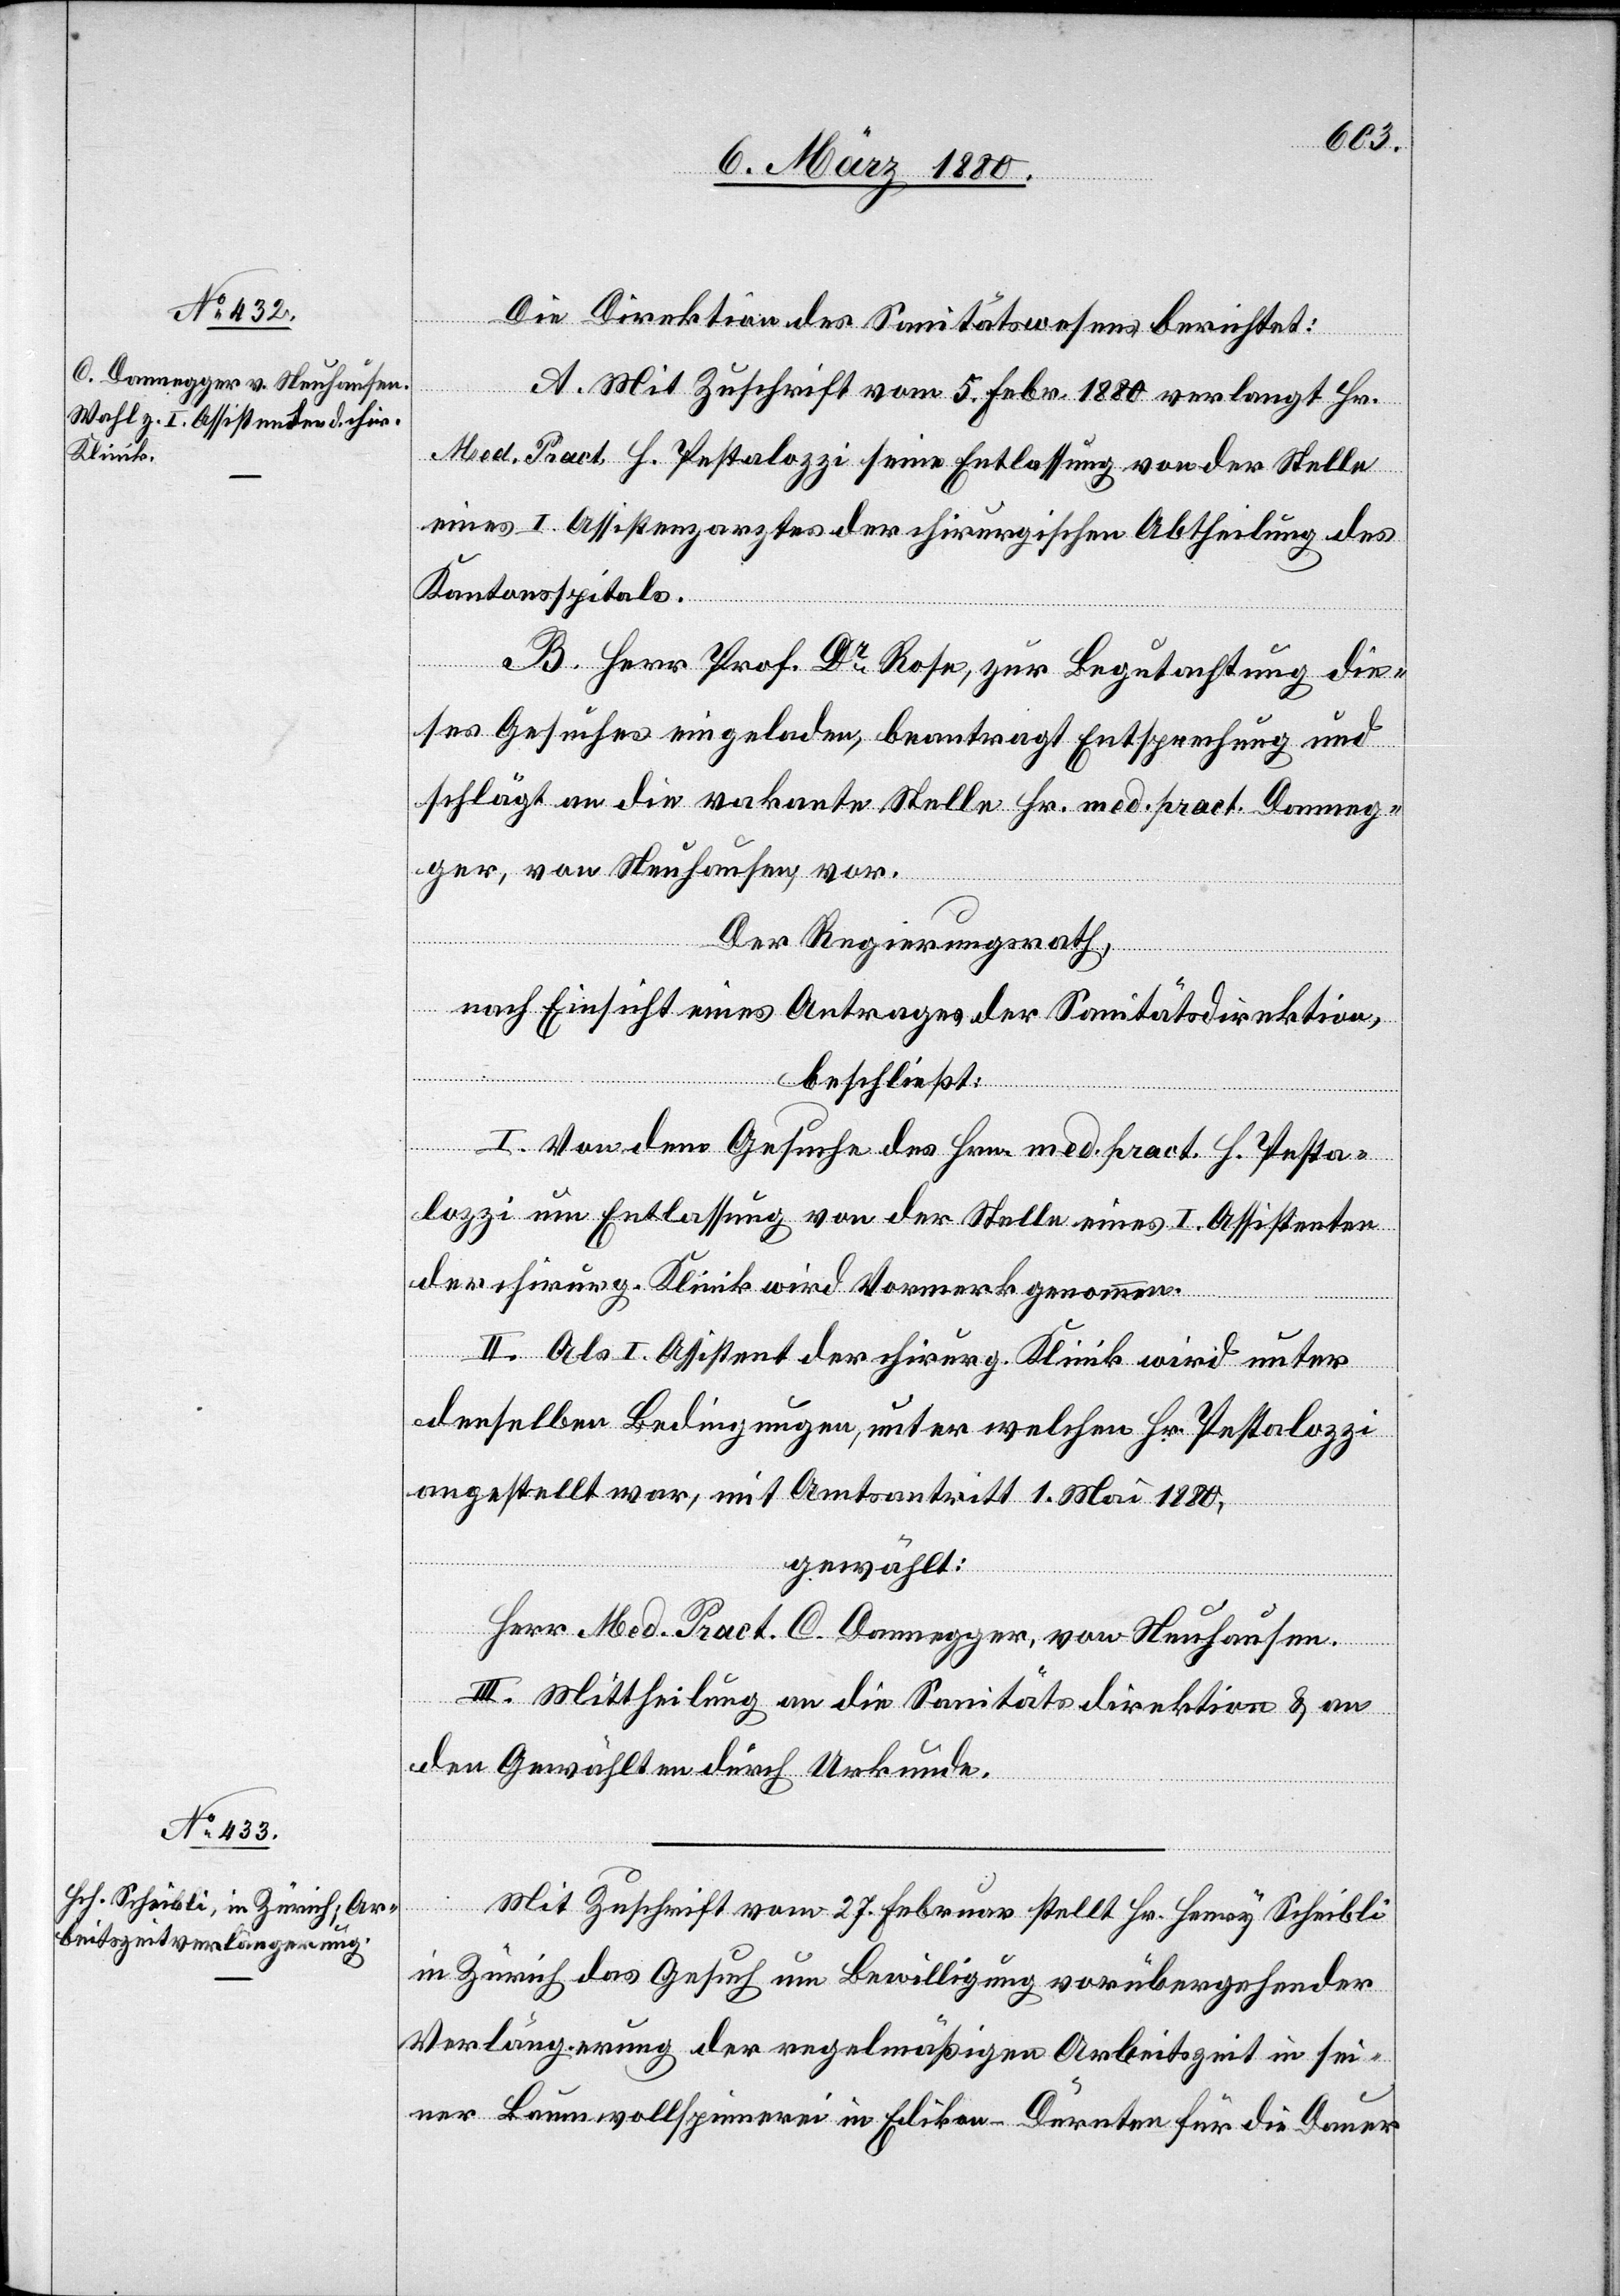
Die Direktion des Sanitätswesens berichtet:
A. Mit Zuschrift vom 5. Febr 1880 verlangt Hr.
Med. Pract. H. Pestalozzi seine Entlassung von der Stelle
eines I. Assistenzarztes der chirurgischen Abtheilung des
Kantonsspitals.
B. Herr Prof. Dr Rose, zur Begutachtung die¬
ses Gesuches eingeladen, beantragt Entsprechung und
schlägt an die vakante Stelle Hr. med. pract. Danneg¬
ger, von Neuhausen, vor.
Der Regierungsrath,
nach Einsicht eines Antrages der Sanitätsdirektion,
beschließt:
I. Von dem Gesuche des Hrn. med. pract. H. Pesta¬
lozzi um Entlassung von der Stelle eines I. Assistenten
der chirurg. Klinik wird Vormerk genommen.
II. Als I. Assistent der chirurg. Klinik wird unter
denselben Bedingungen, unter welchen Hr. Pestalozzi
angestellt war, mit Amtsantritt 1. Mai 1880,
gewählt:
Herr Med. Pract. C. Dannegger, von Neuhausen.
III. Mittheilung an die Sanitätsdirektion & an
den Gewählten durch Urkunde.
Mit Zuschrift vom 27. Februar stellt Hr. Henry Scheibli
in Zürich das Gesuch um Bewilligung vorübergehender
Verlängerung der regelmäßigen Arbeitszeit in sei¬
ner Baumwollspinnerei in Edikon - Dürnten für die Dauer